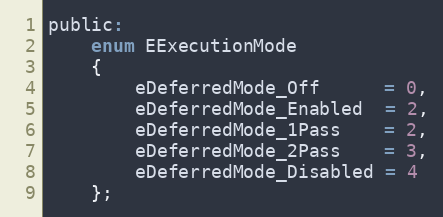
Language: C
public:
	enum EExecutionMode
	{
		eDeferredMode_Off      = 0,
		eDeferredMode_Enabled  = 2,
		eDeferredMode_1Pass    = 2,
		eDeferredMode_2Pass    = 3,
		eDeferredMode_Disabled = 4
	};